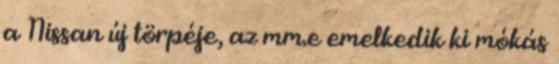
a Nissan új törpéje, az mm.e emelkedik ki mókás